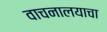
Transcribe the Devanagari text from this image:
वाचनालयाचा